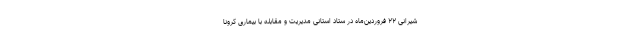
شیرانی ۲۲ فروردین‌ماه در ستاد استانی مدیریت و مقابله با بیماری کرونا